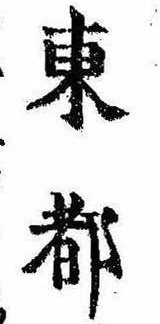
東都